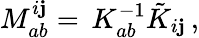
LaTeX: M_{ab}^{i\mathbf{j}}=\, K_{ab}^{-1}\tilde{{K}}_{i\mathbf{j}}\, ,